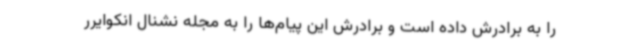
را به برادرش داده است و برادرش این پیام‌ها را به مجله نشنال انکوایرر